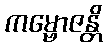
ကမ္ဗောဇန္တိ